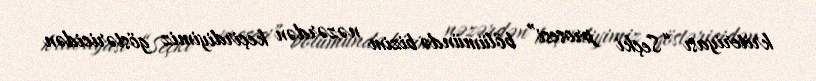
kriteriyası “Seçki prosesi” bölümündə bizim nəzərdən keçirdiyimiz göstəricidən